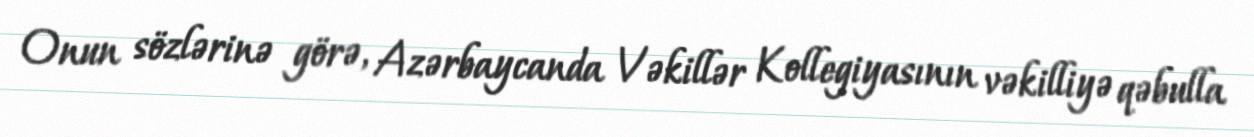
Onun sözlərinə görə, Azərbaycanda Vəkillər Kollegiyasının vəkilliyə qəbulla